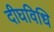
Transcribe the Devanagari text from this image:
दीघविधि